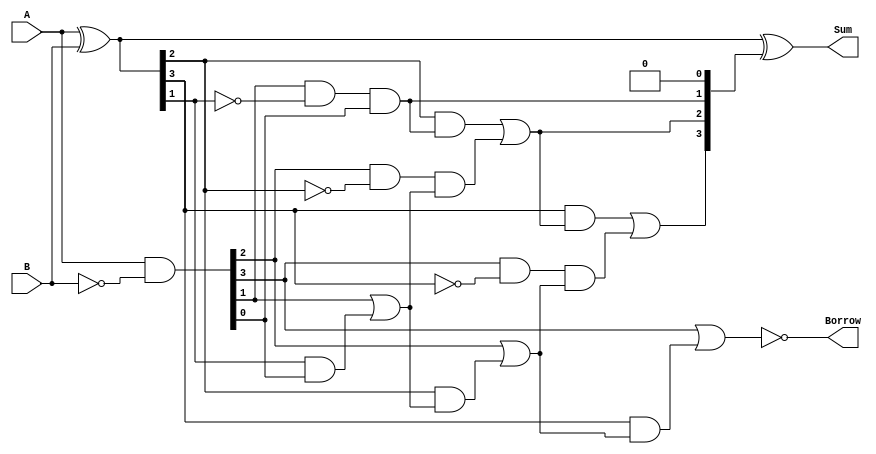
module subtractor (
    input [3:0] A, //input binary number A
    input [3:0] B, //input binary number B
    output [3:0] Sum, //output sum
    output Borrow //output borrow
);

wire [3:0] P, G, C, D;

assign P = A ^ B; //XOR of A and B
assign G = A & ~B; //AND of A and NOT B
assign C[0] = 0; //initial carry-in
assign D[0] = G[0]; //generate for first bit
assign Borrow = ~D[3]; //output borrow
assign Sum = P ^ C; //output sum

genvar i;
generate
    for (i = 1; i < 4; i = i + 1) begin : ripple_carry
        assign C[i] = (P[i] & C[i-1]) | (G[i] & ~P[i] & D[i-1]);
        assign D[i] = G[i] | (P[i] & D[i-1]);
    end
endgenerate

endmodule